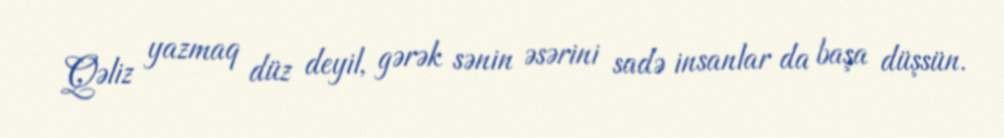
Qəliz yazmaq düz deyil, gərək sənin əsərini sadə insanlar da başa düşsün.